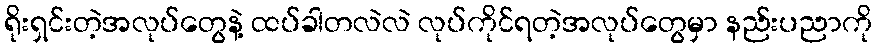
ရိုးရှင်းတဲ့အလုပ်တွေနဲ့ ထပ်ခါတလဲလဲ လုပ်ကိုင်ရတဲ့အလုပ်တွေမှာ နည်းပညာကို